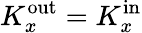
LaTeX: K_{x}^{\mathrm{out}}=K_{x}^{\mathrm{in}}